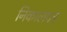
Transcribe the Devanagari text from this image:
निकालपत्र